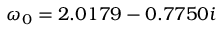
\omega _ { 0 } = 2 . 0 1 7 9 - 0 . 7 7 5 0 i